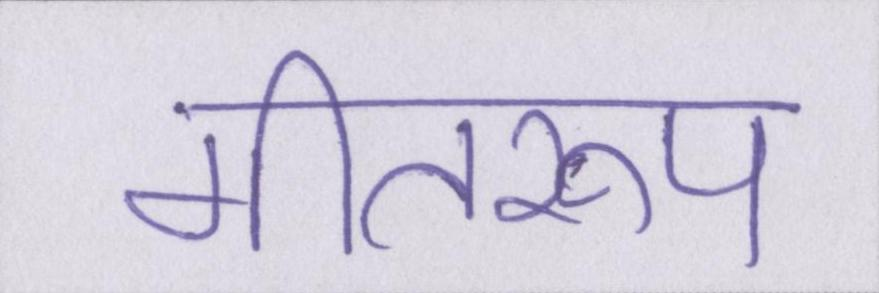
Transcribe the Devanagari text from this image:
गीतरूप